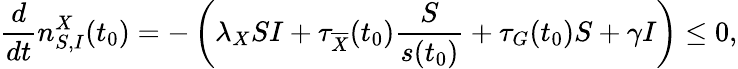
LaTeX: \frac{d}{dt}n_{S,I}^{X}(t_{0})=-\left(\lambda_{X}SI+\tau_{\overline{{X}}}(t_{0})\frac{S}{s(t_{0})}+\tau_{G}(t_{0})S+\gamma I\right)\leq 0,